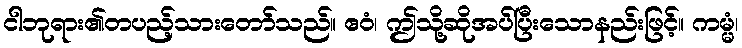
ငါဘုရား၏တပည့်သားတော်သည်။ ဧဝံ၊ ဤသို့ဆိုအပ်ပြီးသောနည်းဖြင့်။ ကမ္မံ၊